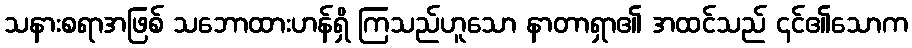
သနားစရာအဖြစ် သဘောထားဟန်ရှိ ကြသည်ဟူသော နာတာရှာ၏ အထင်သည် ၎င်၏သောက